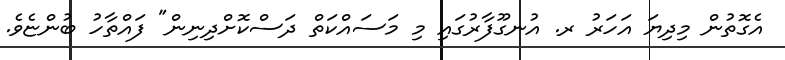
އެގޮތުން މިދިޔަ އަހަރު ރ. އުނގޫފާރުގައި މި މަސައްކަތްް ދަސްކޮށްދިނިން" ފައްތާހު ބުންޏެވެ.